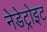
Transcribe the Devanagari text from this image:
नेडेट्रोइट